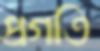
প্রগতি